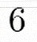
6